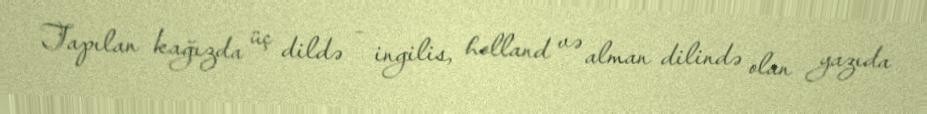
Tapılan kağızda üç dildə - ingilis, holland və alman dilində olan yazıda